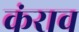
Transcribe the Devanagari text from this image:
कंराव